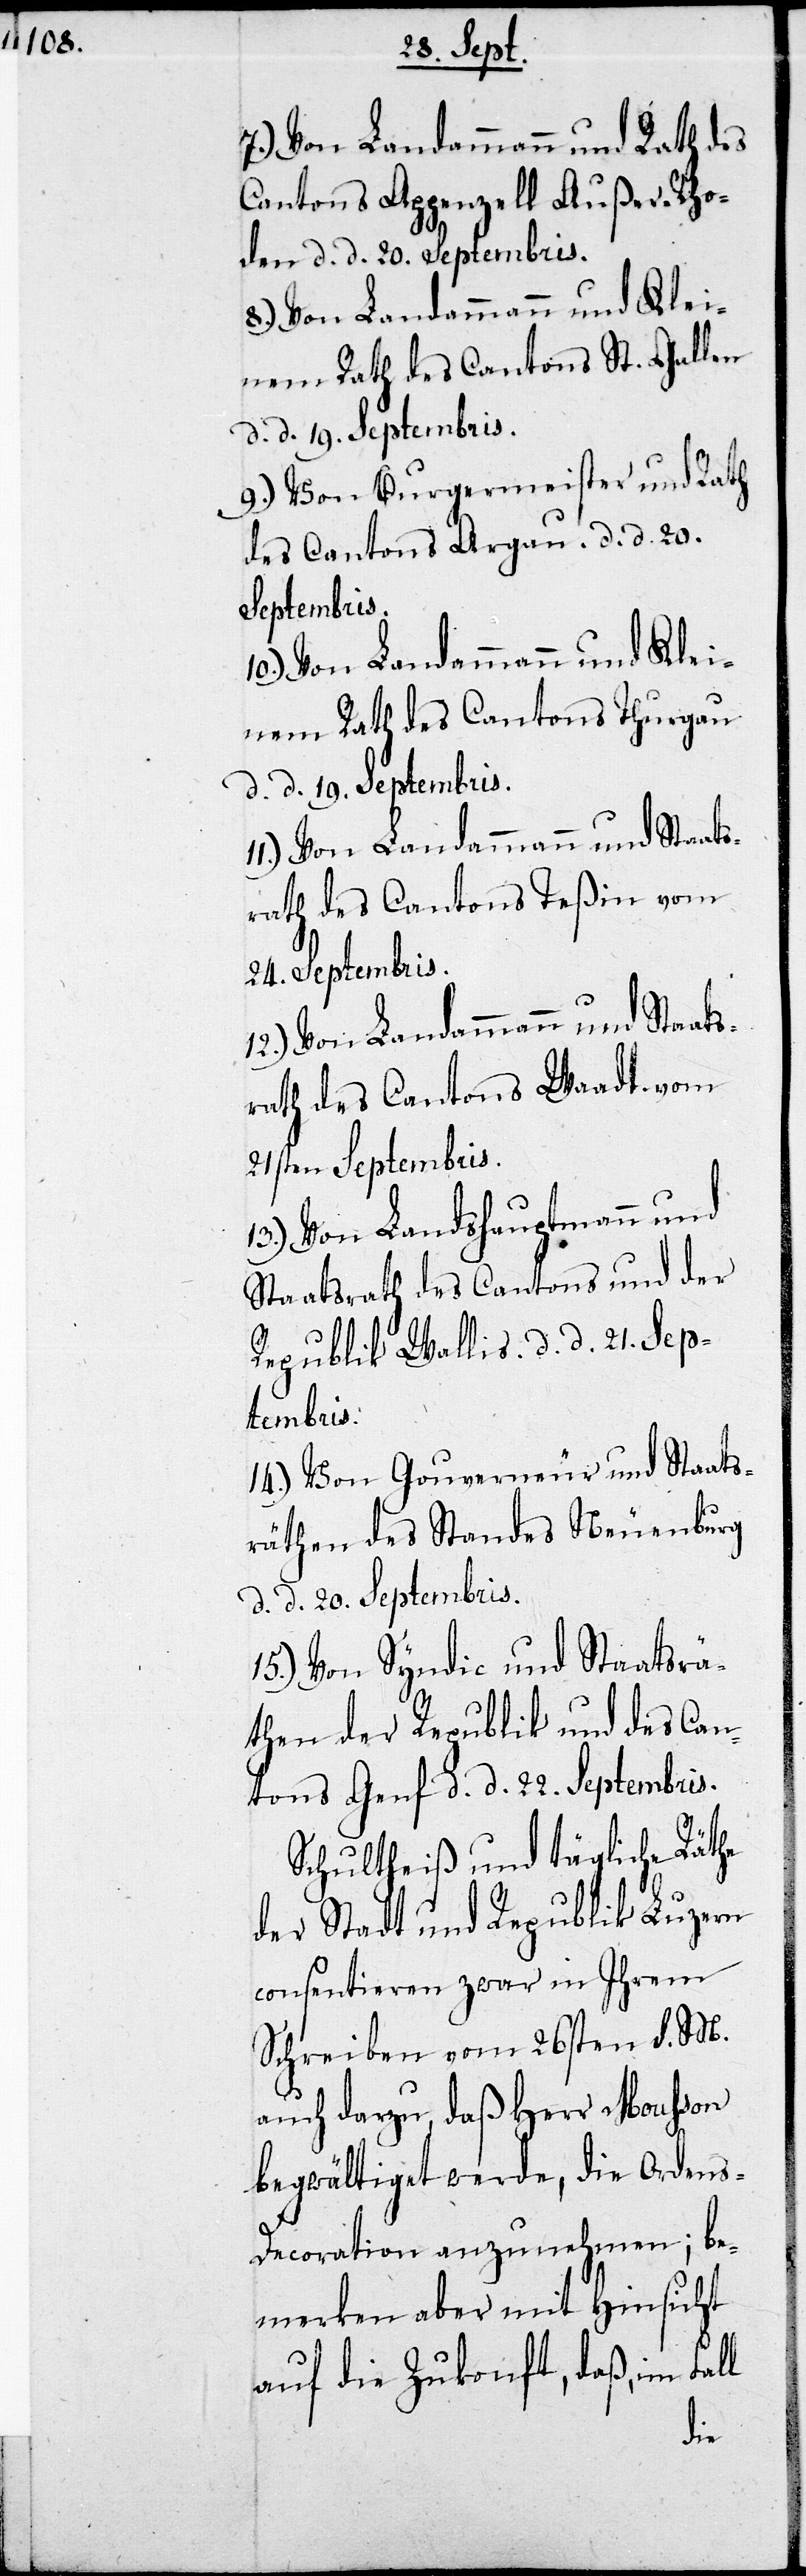
7.) Von Landammann und Rath des
Cantons Appenzell Außer-Rho¬
den d. d. 20. Septembris.
8.) Von Landammann und Klei¬
nem Rath des Cantons St. Gallen
d. d. 19. Septembris.
9.) Von Burgermeister und Rath
des Cantons Argau d. d. 20.
Septembris.
10.) Von Landammann und Klei¬
nem Rath des Cantons Thurgau
d. d. 19. Septembris.
11.) Von Landammann und Staats¬
rath des Cantons Teßin vom
24. Septembris.
12.) Von Landammann und Staats¬
rath des Cantons Waadt vom
21sten Septembris.
13.) Von Landshauptmann und
Staatsrath des Cantons und der
Republik Wallis d. d. 21. Sep¬
tembris.
14.) Von Gouverneur und Staats¬
räthen des Standes Neuenburg
d. d. 20. Septembris.
15.) Vom Syndic und Staatsrä¬
then der Republik und des Can¬
tons Genf d. d. 22. Septembris.
Schultheiß und tägliche Räthe
der Stadt und Republik Luzern
consentieren zwar in Ihrem
Schreiben vom 26sten d. M.
auch darzu, daß Herr Mousson
begwältiget werde, die Orden¬
s-Decoration anzunehmen; be¬
merken aber mit Hinsicht
auf die Zukunft, daß, im
die